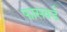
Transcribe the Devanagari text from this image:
फासवर्ड